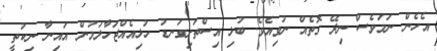
އެހެން ނަމަވެސް ނިދޭ ގޮތެއް ނުވިއެވެ. ބުޅި އިސްތަށިގަނޑު ހުޅިއެއްޖަހާލަމުން އައިނާ ނިކުތީ